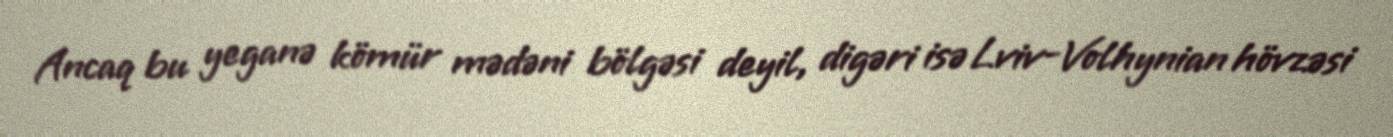
Ancaq bu yeganə kömür mədəni bölgəsi deyil, digəri isə Lviv-Volhynian hövzəsi